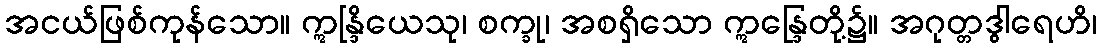
အငယ်ဖြစ်ကုန်သော။ ဣန္ဒြိယေသု၊ စက္ခု၊ အစရှိသော ဣန္ဒြေတို့၌။ အဂုတ္တဒွါရေဟိ၊